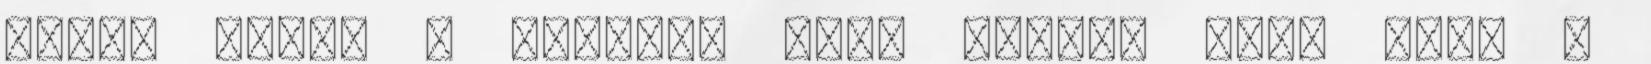
hozzá ehhez a filmhez még? Nagyon nagy hiba a